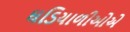
ઘડિયાળીઓએ